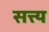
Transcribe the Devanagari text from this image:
सत्त्य